Report of the Municipal Commissioner on the plague in Bombay for the year ending 31st May... - Volume 2
Disease focus: Plague
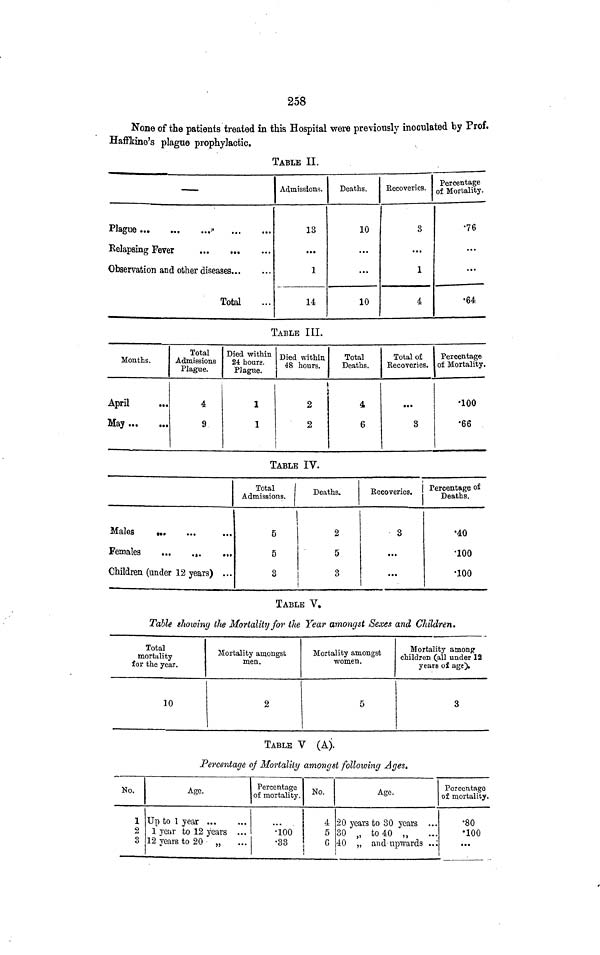
258
None of the patients treated in this Hospital were previously inoculated by Prof.
Haffkine's plague prophylactic.
TABLE II.
—
Relapsing Fever
Observation and other diseases
Total
Admissions.
13
...
1
14
Deaths,
10
...
...
10
Becoveries.
3
...
1
4
Percentage
of Mortality.
•76
...
...
•64
TABLE III.
Mouths.
April
May
Total
Admissions
Plague.
4
9
Died within
24 hours.
Plague.
1
1
Died within
48 hours.
Total
Deaths.
j
2
2
4
6
Total of
Eecoveries.
•••
8
Percentage
of Mortality.
•100
•66
TABLE IV.
Males
M .
Females
...
...
Children (under 12 years) ...
Total
|
Admissions.
5
5
3
Deaths.
2
5
3
Becoveries.
3
...
...
Percentage of
Deaths.
•40
•100
•100
TABLE V.
Table showing tfie Mortality for the Year amongst Sexes and Children.
Total
mortality
for the year.
10
Mortality amongst
men.
2
Mortality amongst
women.
5
Mortality among
children (all under 12
years of age).
3
TABLE V (A).
Percentage of Mortality amongst following Ages.
No.
1
3
Age.
Up to 1 year ...
1 year to 12 years ...
12 years to 20 „
Percentage
of mortality.
•100
•33
No.
4
5
0
Age.
20 years to 30 years ...
30 „ to 40
40 „ and upwards ..."
Percentage
of mortality.
•80
•100